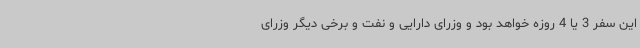
این سفر 3 یا 4 روزه خواهد بود و وزرای دارایی و نفت و برخی دیگر وزرای